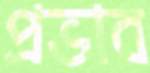
প্রভাব